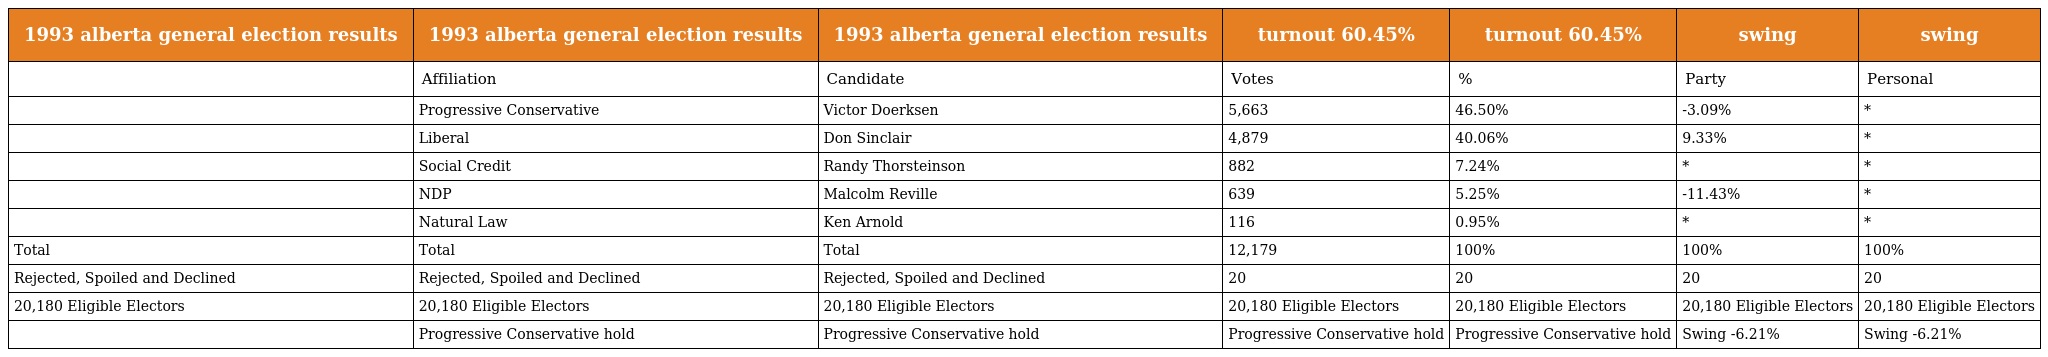
| 1993 alberta general election results | 1993 alberta general election results | 1993 alberta general election results | turnout 60.45% | turnout 60.45% | swing | swing |
 | --- | --- | --- | --- | --- | --- | --- |
 |  | Affiliation | Candidate | Votes | % | Party | Personal |
 |  | Progressive Conservative | Victor Doerksen | 5,663 | 46.50% | -3.09% | * |
 |  | Liberal | Don Sinclair | 4,879 | 40.06% | 9.33% | * |
 |  | Social Credit | Randy Thorsteinson | 882 | 7.24% | * | * |
 |  | NDP | Malcolm Reville | 639 | 5.25% | -11.43% | * |
 |  | Natural Law | Ken Arnold | 116 | 0.95% | * | * |
 | Total | Total | Total | 12,179 | 100% | 100% | 100% |
 | Rejected, Spoiled and Declined | Rejected, Spoiled and Declined | Rejected, Spoiled and Declined | 20 | 20 | 20 | 20 |
 | 20,180 Eligible Electors | 20,180 Eligible Electors | 20,180 Eligible Electors | 20,180 Eligible Electors | 20,180 Eligible Electors | 20,180 Eligible Electors | 20,180 Eligible Electors |
 |  | Progressive Conservative hold | Progressive Conservative hold | Progressive Conservative hold | Progressive Conservative hold | Swing -6.21% | Swing -6.21% |